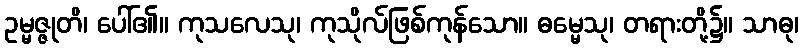
ဥမ္မဇ္ဇုတိ၊ ပေါ်၏။ ကုသလေသု၊ ကုသိုလ်ဖြစ်ကုန်သော။ ဓမ္မေသု၊ တရားတို့၌။ သာဓု၊